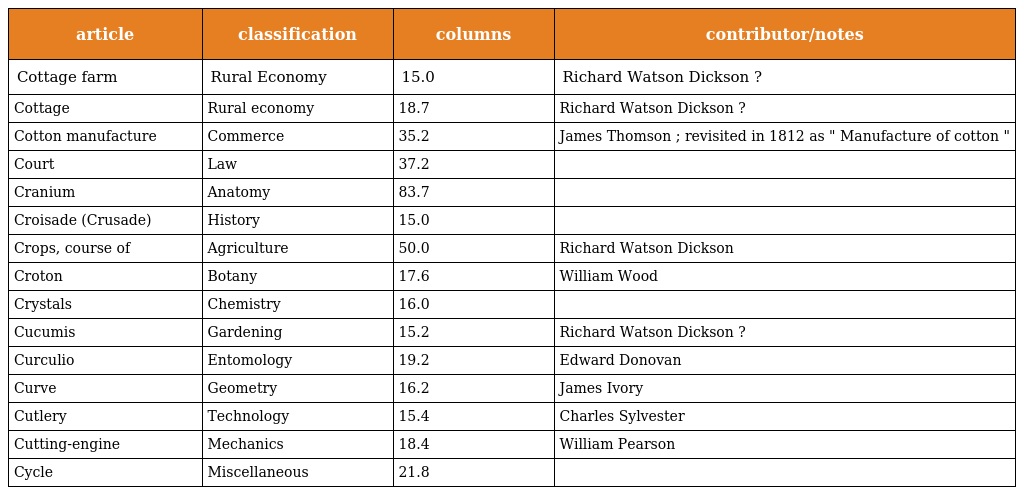
| article | classification | columns | contributor/notes |
 | --- | --- | --- | --- |
 | Cottage farm | Rural Economy | 15.0 | Richard Watson Dickson ? |
 | Cottage | Rural economy | 18.7 | Richard Watson Dickson ? |
 | Cotton manufacture | Commerce | 35.2 | James Thomson ; revisited in 1812 as " Manufacture of cotton " |
 | Court | Law | 37.2 |  |
 | Cranium | Anatomy | 83.7 |  |
 | Croisade (Crusade) | History | 15.0 |  |
 | Crops, course of | Agriculture | 50.0 | Richard Watson Dickson |
 | Croton | Botany | 17.6 | William Wood |
 | Crystals | Chemistry | 16.0 |  |
 | Cucumis | Gardening | 15.2 | Richard Watson Dickson ? |
 | Curculio | Entomology | 19.2 | Edward Donovan |
 | Curve | Geometry | 16.2 | James Ivory |
 | Cutlery | Technology | 15.4 | Charles Sylvester |
 | Cutting-engine | Mechanics | 18.4 | William Pearson |
 | Cycle | Miscellaneous | 21.8 |  |